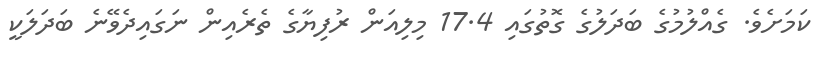
ކަމަށެވެ. ގެއްލުމުގެ ބަދަލުގެ ގޮތުގައި 17.4 މިލިއަން ރުފިޔާގެ ތެރެއިން ނަގައިދެވޭނެ ބަދަލަކީ